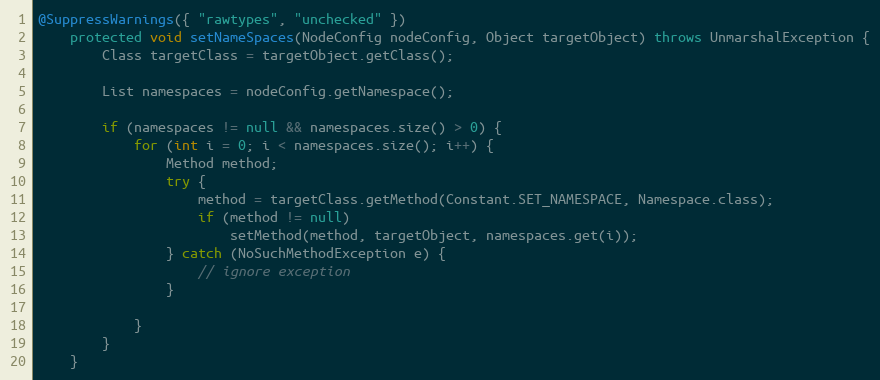
Language: Java
@SuppressWarnings({ "rawtypes", "unchecked" })
	protected void setNameSpaces(NodeConfig nodeConfig, Object targetObject) throws UnmarshalException {
		Class targetClass = targetObject.getClass();

		List namespaces = nodeConfig.getNamespace();

		if (namespaces != null && namespaces.size() > 0) {
			for (int i = 0; i < namespaces.size(); i++) {
				Method method;
				try {
					method = targetClass.getMethod(Constant.SET_NAMESPACE, Namespace.class);
					if (method != null)
						setMethod(method, targetObject, namespaces.get(i));
				} catch (NoSuchMethodException e) {
					// ignore exception
				}

			}
		}
	}